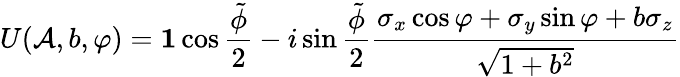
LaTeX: U(\mathcal{A},b,\varphi)=\mathbf{1}\cos\frac{\tilde{\phi}}{2}-i\sin\frac{\tilde{\phi}}{2}\frac{\sigma_{x}\cos\varphi+\sigma_{y}\sin\varphi+b\sigma_{z}}{\sqrt{1+b^{2}}}